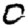
Digit: 0